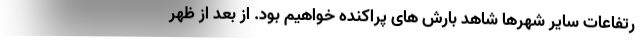
رتفاعات سایر شهرها شاهد بارش های پراکنده خواهیم بود. از بعد از ظهر